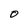
Character: O